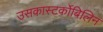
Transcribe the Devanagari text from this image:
उसकास्‍टर्कोबिलिन